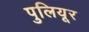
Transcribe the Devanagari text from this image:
पुलियूर